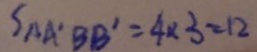
S _ { \Delta A ^ { \prime } B B ^ { \prime } } = 4 \times 3 = 1 2